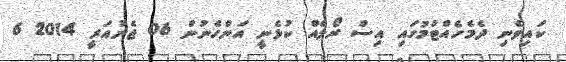
ކައިވެނި ދެމެހެއްޓުމުގައި އިސް ރޯލެއް ކުޅެނީ އަންހެނުން 06 ޖެނުއަރީ 2014 6